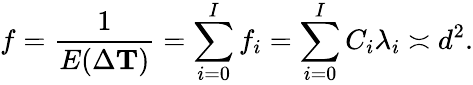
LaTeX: f=\frac{1}{E(\Delta\mathbf{T})}=\sum_{i=0}^{I}f_{i}=\sum_{i=0}^{I}C_{i}\lambda_{i}\asymp d^{2}.